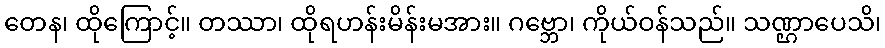
တေန၊ ထိုကြောင့်။ တဿာ၊ ထိုရဟန်းမိန်းမအား။ ဂဗ္ဘော၊ ကိုယ်ဝန်သည်။ သဏ္ဌာပေသိ၊